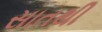
સાતથી